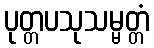
ပုတ္တပသုသမ္မတ္တံ